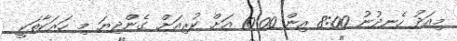
މިއަދު ހެނދުނު 8:00 އިން 10:00 އަށް ކުރިއަށް ގެންދިޔަ މި ހަރަކާތަކީ